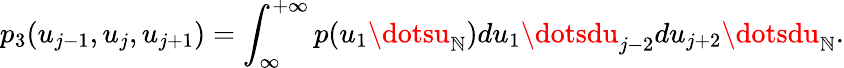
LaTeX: p_{3}(u_{j-1},u_{j},u_{j+1})=\int_{\infty}^{+\infty}p(u_{1}\dotsu_{\mathbb{N}})du_{1}\dotsdu_{j-2}du_{j+2}\dotsdu_{\mathbb{N}}.